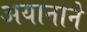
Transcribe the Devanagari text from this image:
अयानाने